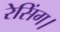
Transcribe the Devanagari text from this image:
रेसिंग।